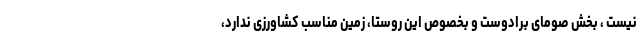
نیست ، بخش صومای برادوست و بخصوص این روستا، زمین مناسب کشاورزی ندارد،